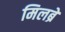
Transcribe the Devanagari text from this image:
मिलब्रे